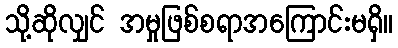
သို့ဆိုလျှင် အမှုဖြစ်စရာအကြောင်းမရှိ။